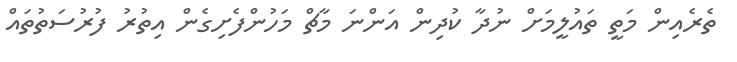
ތެރެއިން މަތީ ތައުލީމަށް ނުދާ ކުދިން އަންނަ މާޗް މަހުންފެށިގެން އިތުރު ފުރުސަތުތައް